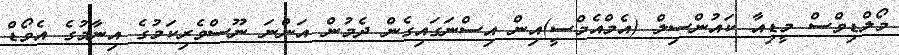
މޯލްޑިވްސް މީޑިއާ ކައުންސިލް (އެމްއެެމްސީ)އިން އިސްނަގައިގެން ދެމުން އަންނަ ނޫސްވެރިކަމުގެ އިނާމުގެ އެވޯޑް